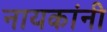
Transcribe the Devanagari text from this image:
नायकांनी